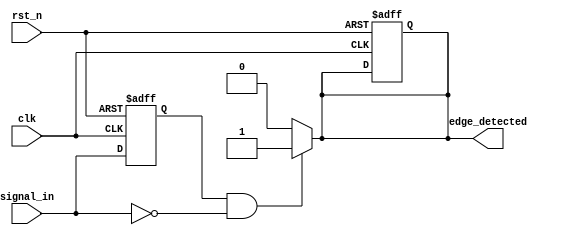
module negative_edge_detector (
    input wire clk,            // Clock input
    input wire rst_n,         // Asynchronous reset (active low)
    input wire signal_in,     // Input signal to detect negative edge
    output reg edge_detected   // Output signal for edge detection
);

reg signal_in_prev; // Register to store the previous state of signal_in

// Sequential logic: D Flip-Flop to sample the signal_in on rising edge of clk
always @(posedge clk or negedge rst_n) begin
    if (!rst_n) begin
        signal_in_prev <= 1'b0; // Reset previous signal state
        edge_detected <= 1'b0;   // Reset edge detected signal
    end else begin
        signal_in_prev <= signal_in; // Capture current signal_in
    end
end

// Combinational logic: Detect negative edge
always @* begin
    if (signal_in_prev == 1'b1 && signal_in == 1'b0) begin
        edge_detected = 1'b1; // Negative edge detected
    end else begin
        edge_detected = 1'b0; // No edge detected
    end
end

endmodule